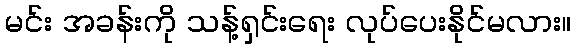
မင်း အခန်းကို သန့်ရှင်းရေး လုပ်ပေးနိုင်မလား။